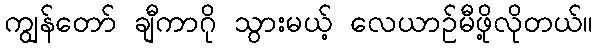
ကျွန်တော် ချီကာဂို သွားမယ့် လေယာဉ်မီဖို့လိုတယ်။